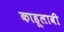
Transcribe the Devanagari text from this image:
काहूलावी